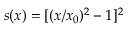
s ( x ) = [ ( x / x _ { 0 } ) ^ { 2 } - 1 ] ^ { 2 }